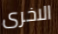
الاخرى